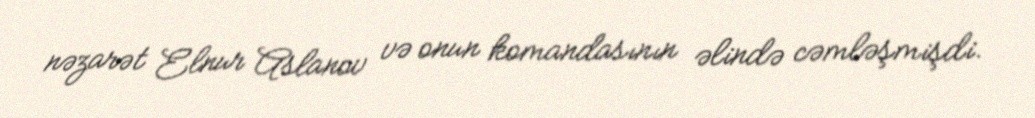
nəzarət Elnur Aslanov və onun komandasının əlində cəmləşmişdi.